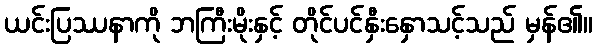
ယင်းပြဿနာကို ဘကြီးမိုးနှင့် တိုင်ပင်နှီးနှောသင့်သည် မှန်၏။